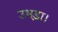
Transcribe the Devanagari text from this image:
उभड़ा।